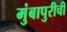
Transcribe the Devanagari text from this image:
मुंबापुरीची